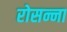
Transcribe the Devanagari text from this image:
रोसन्ना